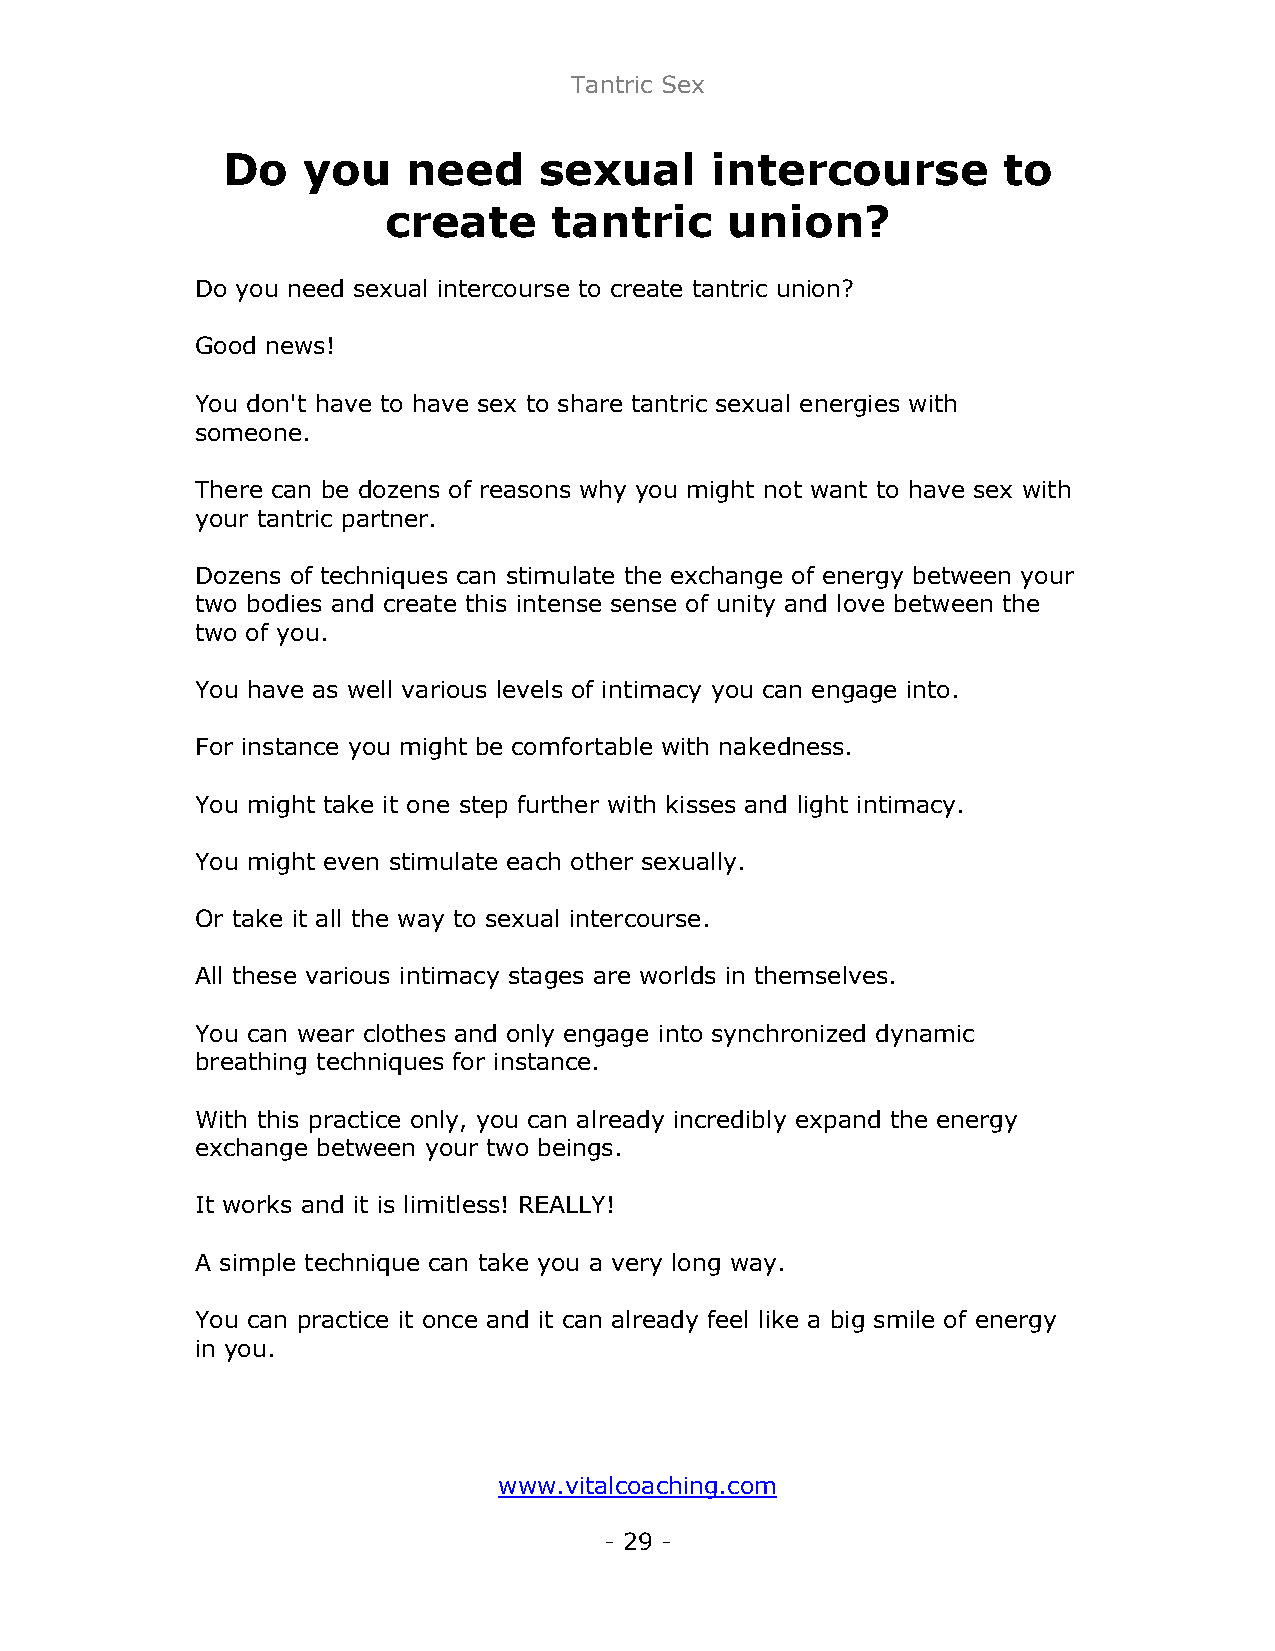
Tantric Sex
 Do   you    need     sexual     intercourse        to
 create      tantric    union?
 Do you need sexual intercourse to create tantric union?
 Good news!
 You don't have to have sex to share tantric sexual energies with
 someone.
 There can be dozens of reasons why you might not want to have sex with
 your tantric partner.
 Dozens of techniques can stimulate the exchange of energy between your
 two bodies and create this intense sense of unity and love between the
 two of you.
 You have as well various levels of intimacy you can engage into.
 For instance you might be comfortable with nakedness.
 You might take it one step further with kisses and light intimacy.
 You might even stimulate each other sexually.
 Or take it all the way to sexual intercourse.
 All these various intimacy stages are worlds in themselves.
 You can wear clothes and only engage into synchronized dynamic
 breathing techniques for instance.
 With this practice only, you can already incredibly expand the energy
 exchange between your two beings.
 It works and it is limitless! REALLY!
 A simple technique can take you a very long way.
 You can practice it once and it can already feel like a big smile of energy
 in you.
 www.vitalcoaching.com
 - 29 -